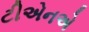
ટીએનએ